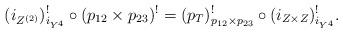
LaTeX: \begin{align*}(i_{Z^{(2)}})^!_{i_{Y^4}} \circ (p_{12}\times p_{23})^!=(p_T)^!_{p_{12}\times p_{23}}\circ (i_{Z\times Z})^!_{i_{Y^4}}.\end{align*}